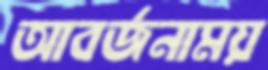
আবর্জনাময়